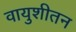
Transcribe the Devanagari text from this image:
वायुशीतन